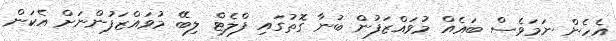
އެހެން ނަމަވެސް ބައެއް މުވައްޒަފުން ބުނާ ގޮތުގައި ފްލެޓް ލިބޭ މުވައްޒަފުންނަށް އެކަން